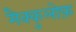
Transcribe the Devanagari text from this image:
मैक्कुलोफ़